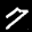
Label: 7